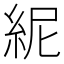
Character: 𥿡